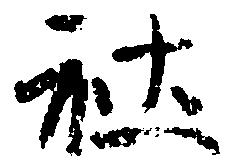
社